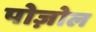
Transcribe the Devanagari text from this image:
पोज़ोल